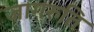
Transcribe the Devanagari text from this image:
जागरुति